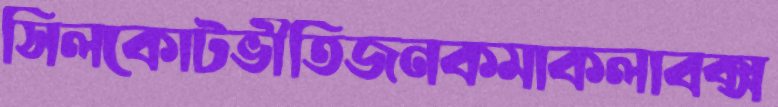
সিলকোটভীতিজনকমাকলাবক্স